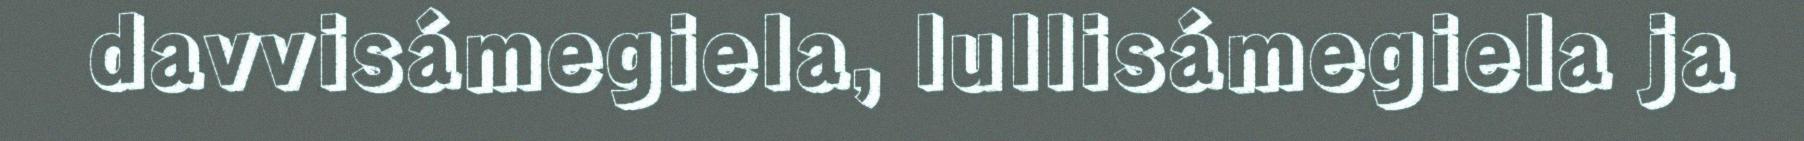
davvisámegiela, lullisámegiela ja